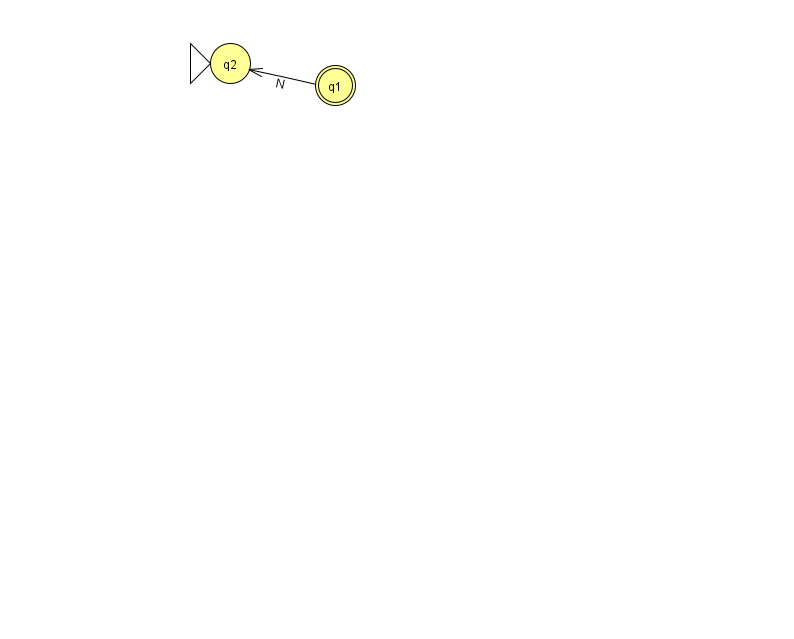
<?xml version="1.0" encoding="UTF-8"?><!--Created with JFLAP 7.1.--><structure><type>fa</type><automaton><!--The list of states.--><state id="1" name="q1"><x>335.0</x><y>72.0</y><final/></state><state id="2" name="q2"><x>230.0</x><y>50.0</y><initial/></state><!--The list of transitions.--><transition><from>1</from><to>2</to><read>N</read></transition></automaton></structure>